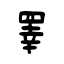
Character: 睪